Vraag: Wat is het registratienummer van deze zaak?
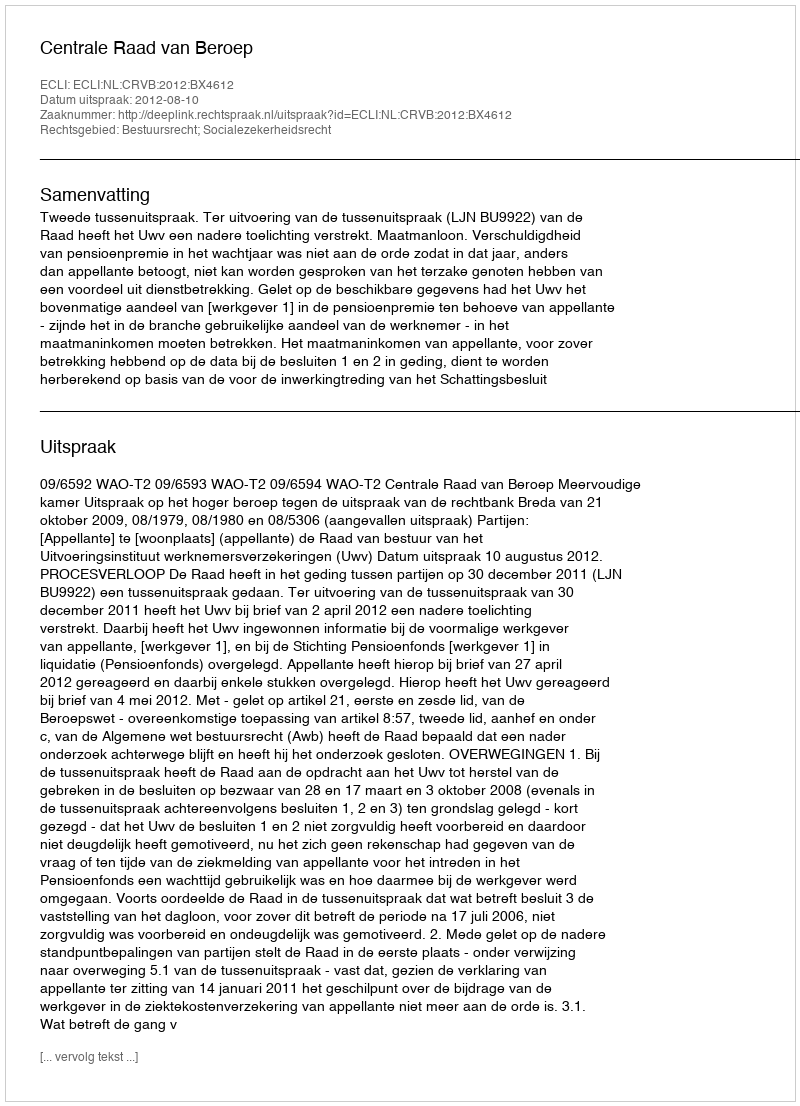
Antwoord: http://deeplink.rechtspraak.nl/uitspraak?id=ECLI:NL:CRVB:2012:BX4612